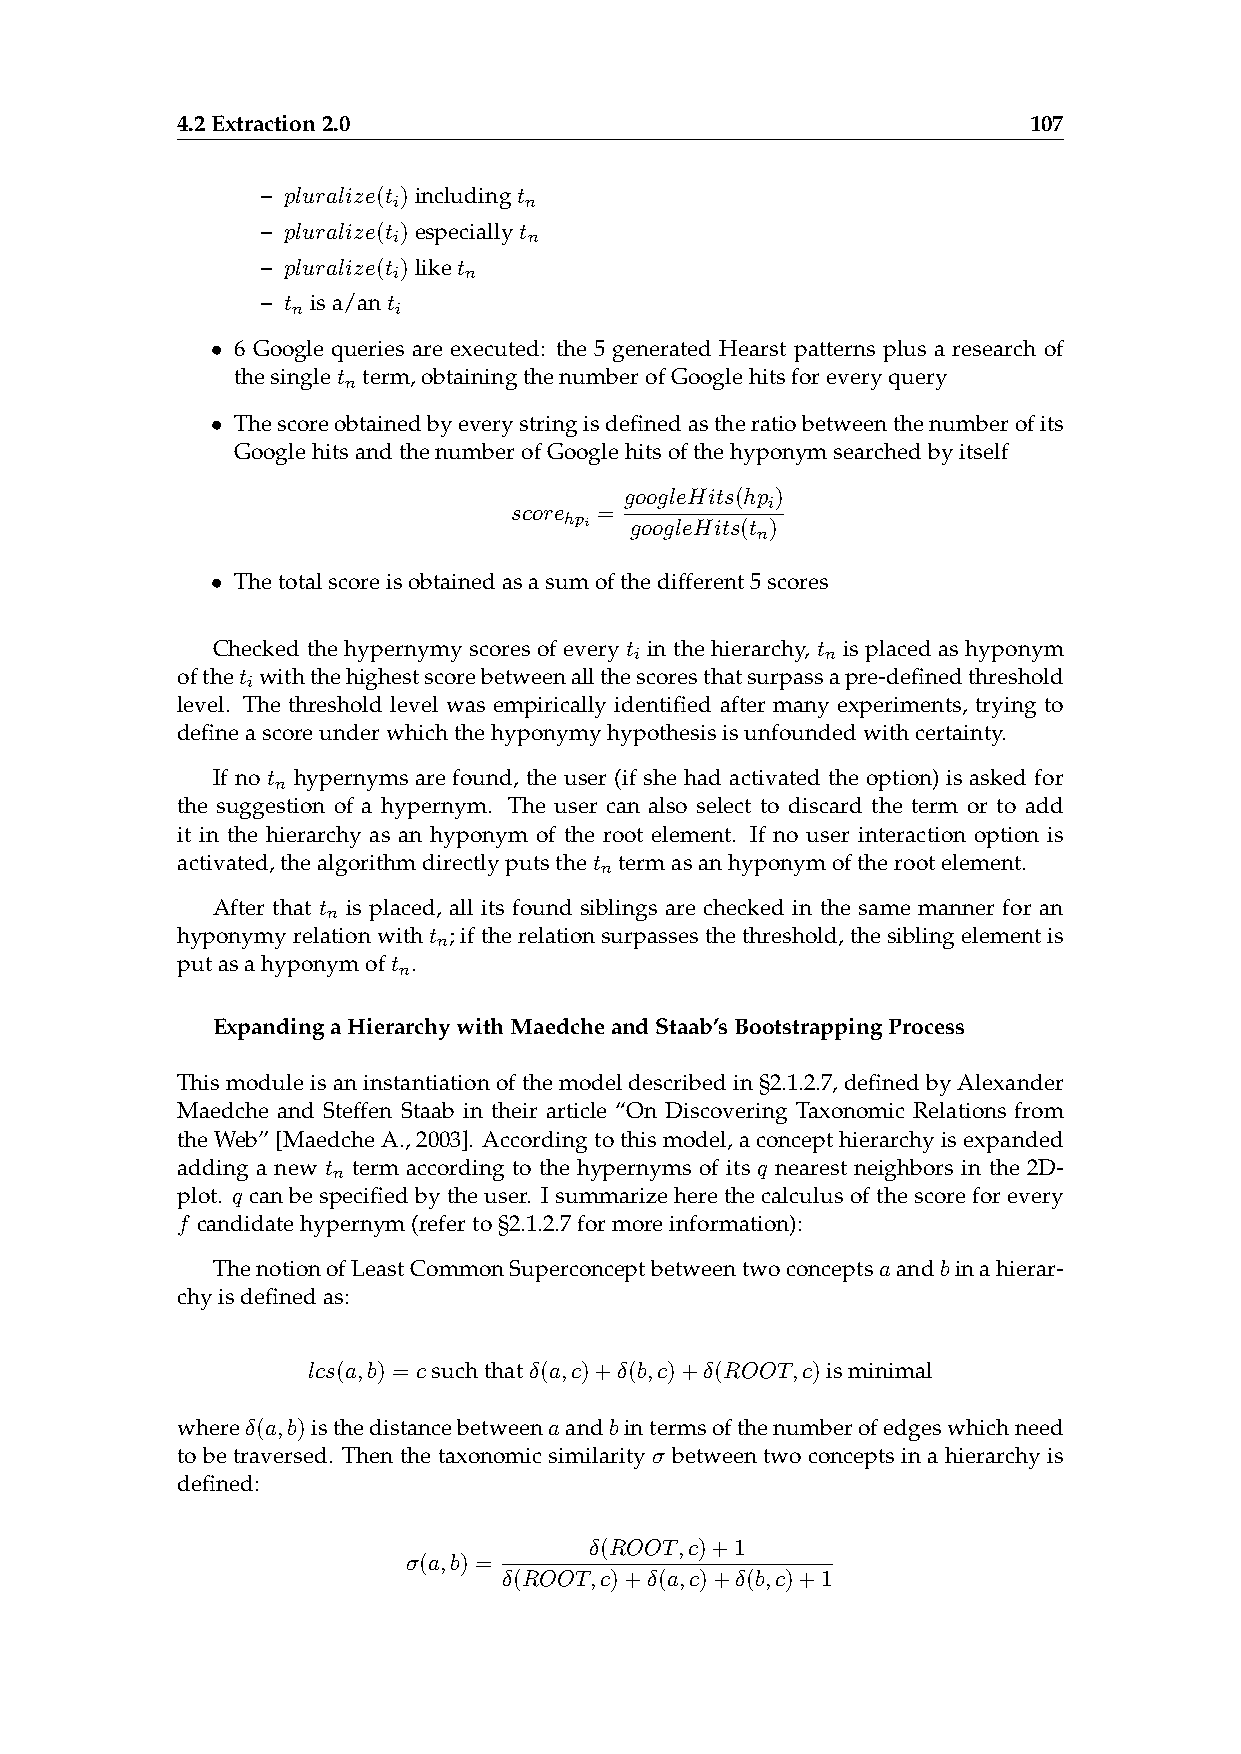
4.2Extraction2.0                                        107
 – pluralize(t )includingt
 i        n
 – pluralize(t )especiallyt
 i        n
 – pluralize(t )liket
 i    n
 – t isa/ant
 n      i
 • 6 Google queries are executed: the 5 generated Hearst patterns plus a research of
 thesinglet term,obtainingthenumberofGooglehitsforeveryquery
 n
 • Thescoreobtainedbyeverystringisdefinedastheratiobetweenthenumberofits
 GooglehitsandthenumberofGooglehitsofthehyponymsearchedbyitself
 googleHits(hp )
 i
 score =
 hpi
 googleHits(t )
 n
 • Thetotalscoreisobtainedasasumofthedifferent5scores
 Checked the hypernymy scores of every t in the hierarchy, t is placed as hyponym
 i            n
 ofthet withthehighestscorebetweenallthescoresthatsurpassapre-definedthreshold
 i
 level. The threshold level was empirically identified after many experiments, trying to
 defineascoreunderwhichthehyponymyhypothesisisunfoundedwithcertainty.
 If no t hypernyms are found, the user (if she had activated the option) is asked for
 n
 the suggestion of a hypernym. The user can also select to discard the term or to add
 it in the hierarchy as an hyponym of the root element. If no user interaction option is
 activated,thealgorithmdirectlyputsthet termasanhyponymoftherootelement.
 n
 After that t is placed, all its found siblings are checked in the same manner for an
 n
 hyponymyrelationwitht ;iftherelationsurpassesthethreshold,thesiblingelementis
 n
 putasahyponymoft .
 n
 ExpandingaHierarchywithMaedcheandStaab’sBootstrappingProcess
 Thismoduleisaninstantiationofthemodeldescribedin§2.1.2.7,definedbyAlexander
 Maedche and Steffen Staab in their article “On Discovering Taxonomic Relations from
 theWeb”[MaedcheA.,2003]. Accordingtothismodel,aconcepthierarchyisexpanded
 adding a new t term according to the hypernyms of its q nearest neighbors in the 2D-
 n
 plot. q can be specified by the user. I summarize here the calculus of the score for every
 f candidatehypernym(referto§2.1.2.7formoreinformation):
 ThenotionofLeastCommonSuperconceptbetweentwoconceptsaandbinahierar-
 chyisdefinedas:
 lcs(a,b) = csuchthatδ(a,c)+δ(b,c)+δ(ROOT,c)isminimal
 whereδ(a,b)isthedistancebetweenaandbintermsofthenumberofedgeswhichneed
 tobetraversed. Thenthetaxonomicsimilarityσ betweentwoconceptsinahierarchyis
 defined:
 δ(ROOT,c)+1
 σ(a,b) =
 δ(ROOT,c)+δ(a,c)+δ(b,c)+1